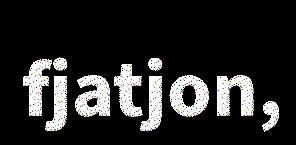
fjatjon,